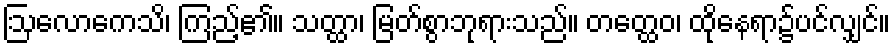
ဩလောကေသိ၊ ကြည့်၏။ သတ္ထာ၊ မြတ်စွာဘုရားသည်။ တတ္ထေဝ၊ ထိုနေရာ၌ပင်လျှင်။